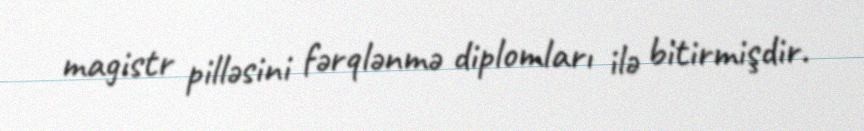
magistr pilləsini fərqlənmə diplomları ilə bitirmişdir.